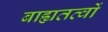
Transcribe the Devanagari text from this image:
बाह्यतत्वों